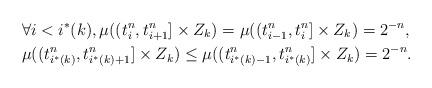
LaTeX: \begin{align*} &\forall i < i^{*}(k), \mu((t^n_{i},t^n_{i+1}]\times Z_k) =\mu((t^n_{i-1},t^n_{i}]\times Z_k)= 2^{-n},\\& \mu((t^n_{i^{*}(k)},t^n_{i^{*}(k)+1}]\times Z_k) \leq\mu((t^n_{i^{*}(k)-1},t^n_{i^{*}(k)}]\times Z_k) = 2^{-n}.\end{align*}